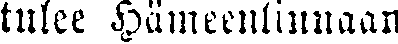
tulee Hämeenlinnaan